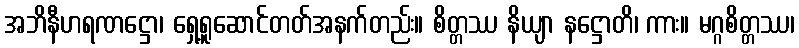
အဘိနီဟရဏဋ္ဌော၊ ရှေ့ရူဆောင်တတ်အနက်တည်း။ စိတ္တဿ နိယျာ နဋ္ဌောတိ၊ ကား။ မဂ္ဂစိတ္တဿ၊